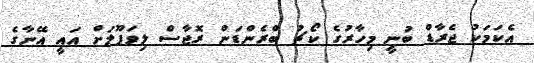
އެކަމަކު ޖެރާޑް ބުނީ މިހާރުގެ ކޯޗު ބްރެންޑަން ރޮޖާސް ލިވަޕޫލަށް އައީ އޭނާގެ